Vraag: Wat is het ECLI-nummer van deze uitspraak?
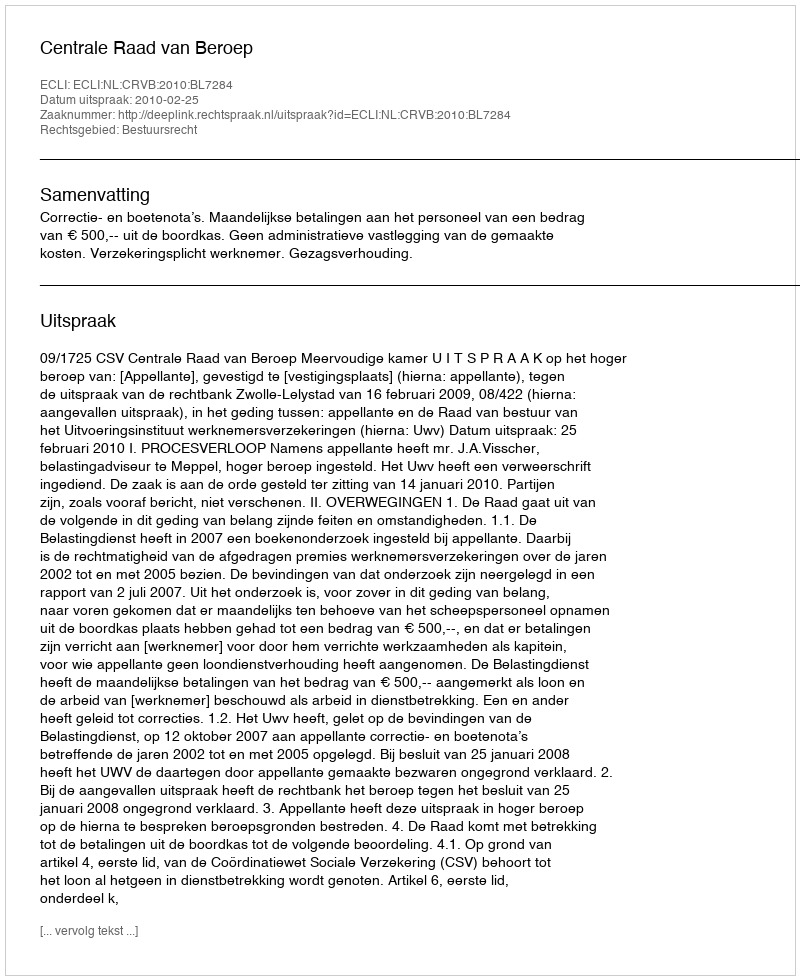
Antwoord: ECLI:NL:CRVB:2010:BL7284